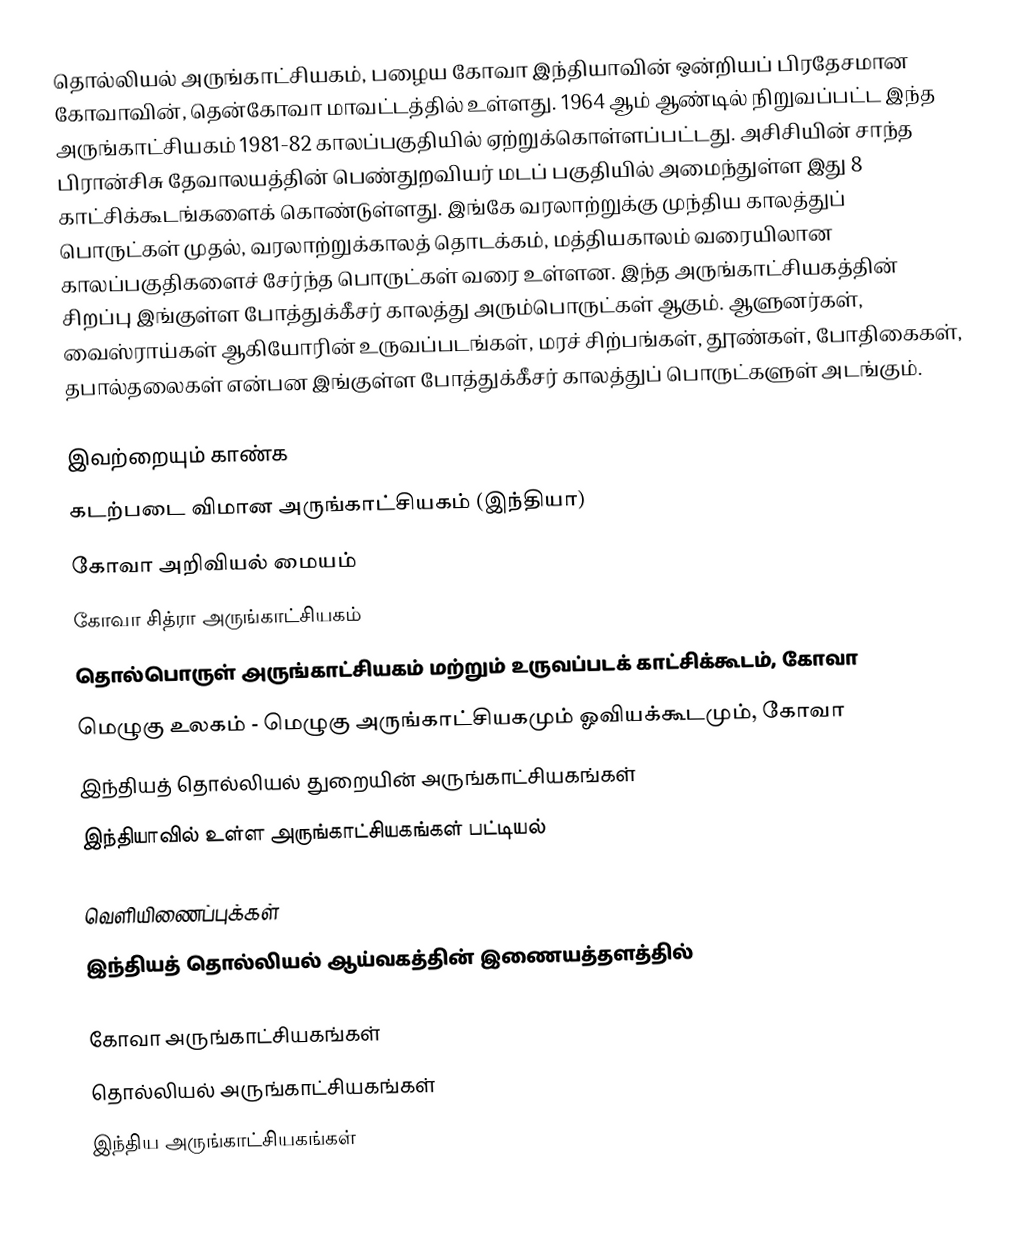
தொல்லியல் அருங்காட்சியகம், பழைய கோவா இந்தியாவின் ஒன்றியப் பிரதேசமான கோவாவின், தென்கோவா மாவட்டத்தில் உள்ளது. 1964 ஆம் ஆண்டில் நிறுவப்பட்ட இந்த அருங்காட்சியகம் 1981-82 காலப்பகுதியில் ஏற்றுக்கொள்ளப்பட்டது. அசிசியின் சாந்த பிரான்சிசு தேவாலயத்தின் பெண்துறவியர் மடப் பகுதியில் அமைந்துள்ள இது 8 காட்சிக்கூடங்களைக் கொண்டுள்ளது. இங்கே வரலாற்றுக்கு முந்திய காலத்துப் பொருட்கள் முதல், வரலாற்றுக்காலத் தொடக்கம், மத்தியகாலம் வரையிலான காலப்பகுதிகளைச் சேர்ந்த பொருட்கள் வரை உள்ளன. இந்த அருங்காட்சியகத்தின் சிறப்பு இங்குள்ள போத்துக்கீசர் காலத்து அரும்பொருட்கள் ஆகும். ஆளுனர்கள், வைஸ்ராய்கள் ஆகியோரின் உருவப்படங்கள், மரச் சிற்பங்கள், தூண்கள், போதிகைகள், தபால்தலைகள் என்பன இங்குள்ள போத்துக்கீசர் காலத்துப் பொருட்களுள் அடங்கும்.

இவற்றையும் காண்க
 கடற்படை விமான அருங்காட்சியகம் (இந்தியா)
 கோவா அறிவியல் மையம்
 கோவா சித்ரா அருங்காட்சியகம்
 தொல்பொருள் அருங்காட்சியகம் மற்றும் உருவப்படக் காட்சிக்கூடம், கோவா
 மெழுகு உலகம் - மெழுகு அருங்காட்சியகமும் ஓவியக்கூடமும், கோவா
 இந்தியத் தொல்லியல் துறையின் அருங்காட்சியகங்கள்
 இந்தியாவில் உள்ள அருங்காட்சியகங்கள் பட்டியல்

வெளியிணைப்புக்கள்
 இந்தியத் தொல்லியல் ஆய்வகத்தின் இணையத்தளத்தில்

கோவா அருங்காட்சியகங்கள்
தொல்லியல் அருங்காட்சியகங்கள்
இந்திய அருங்காட்சியகங்கள்